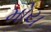
મોય